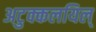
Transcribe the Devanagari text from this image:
अटुक्कलयिल्